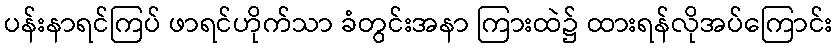
ပန်းနာရင်ကြပ် ဖာရင်ဟိုက်သာ ခံတွင်းအနာ ကြားထဲ၌ ထားရန်လိုအပ်ကြောင်း